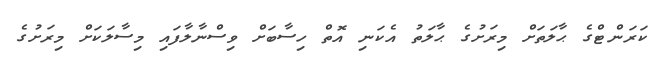
ކަރަންޓްގެ ޙާލަތަށް މިރަށުގެ ޙާލަތު އެކަނި އޮތް ހިސާބަށް ވިސްނާލާފައި މިސާލަކަށް މިރަށުގެ